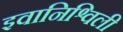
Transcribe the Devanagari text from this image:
इवानिश्विली